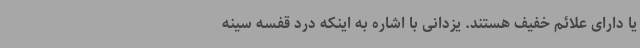
یا دارای علائم خفیف هستند. یزدانی با اشاره به اینکه درد قفسه سینه